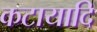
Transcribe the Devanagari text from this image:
कटायादि